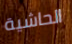
الحاشية